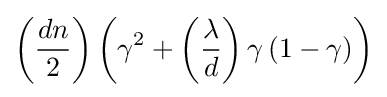
\left({\dfrac {dn}{2}}\right)\left(\gamma ^{2}+\left({\dfrac {\lambda }{d}}\right)\gamma \left(1-\gamma \right)\right)